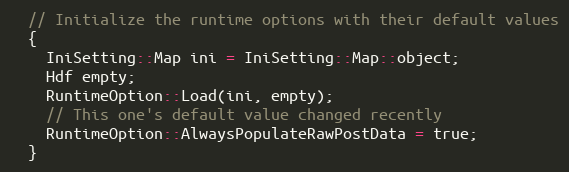
Language: C++
  // Initialize the runtime options with their default values
  {
    IniSetting::Map ini = IniSetting::Map::object;
    Hdf empty;
    RuntimeOption::Load(ini, empty);
    // This one's default value changed recently
    RuntimeOption::AlwaysPopulateRawPostData = true;
  }